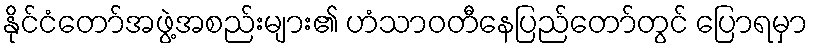
နိုင်ငံတော်အဖွဲ့အစည်းများ၏ ဟံသာဝတီနေပြည်တော်တွင် ပြောရမှာ